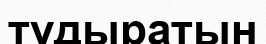
тұдыратын